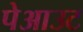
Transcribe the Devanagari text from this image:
पेआउट